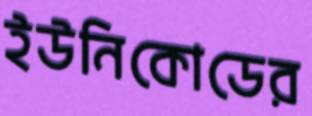
ইউনিকোডের